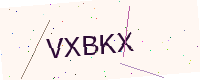
Text: VXBKX